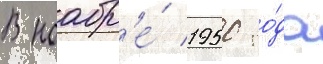
В ноабр'е́ 1950 го́да